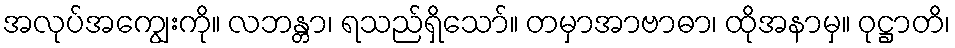
အလုပ်အကျွေးကို။ လဘန္တာ၊ ရသည်ရှိသော်။ တမှာအာဗာဓာ၊ ထိုအနာမှ။ ဝုဋ္ဌာတိ၊